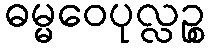
ဓမ္မဝေပုလ္လဉ္စ